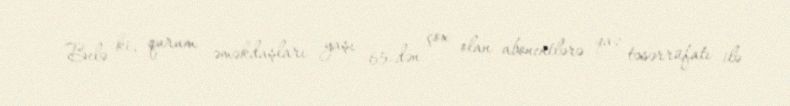
Belə ki, qurum əməkdaşları yaşı 65-dən çox olan abonentlərə qaz təsərrüfatı ilə